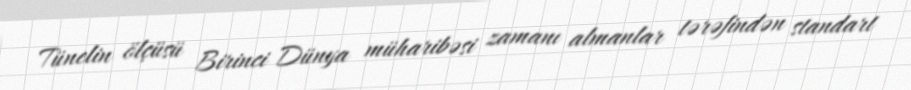
Tünelin ölçüsü Birinci Dünya müharibəsi zamanı almanlar tərəfindən standart